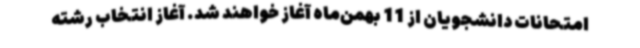
امتحانات دانشجویان از 11 بهمن‌ماه آغاز خواهند شد. آغاز انتخاب رشته